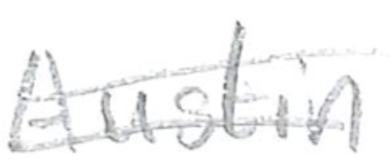
Text: Austin
Cross-out: double-line
Writing tool: pencil